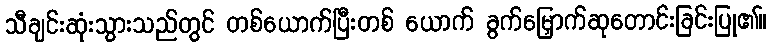
သီချင်းဆုံးသွားသည်တွင် တစ်ယောက်ပြီးတစ် ယောက် ခွက်မြှောက်ဆုတောင်းခြင်းပြု၏။